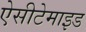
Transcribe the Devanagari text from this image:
ऐसीटेमाइड